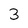
Character: 3